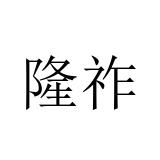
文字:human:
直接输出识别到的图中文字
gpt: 隆祚